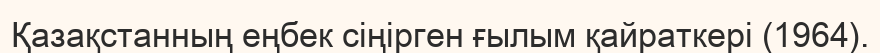
Қазақстанның еңбек сіңірген ғылым қайраткері (1964).